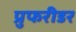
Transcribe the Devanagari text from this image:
प्रुफरीडर